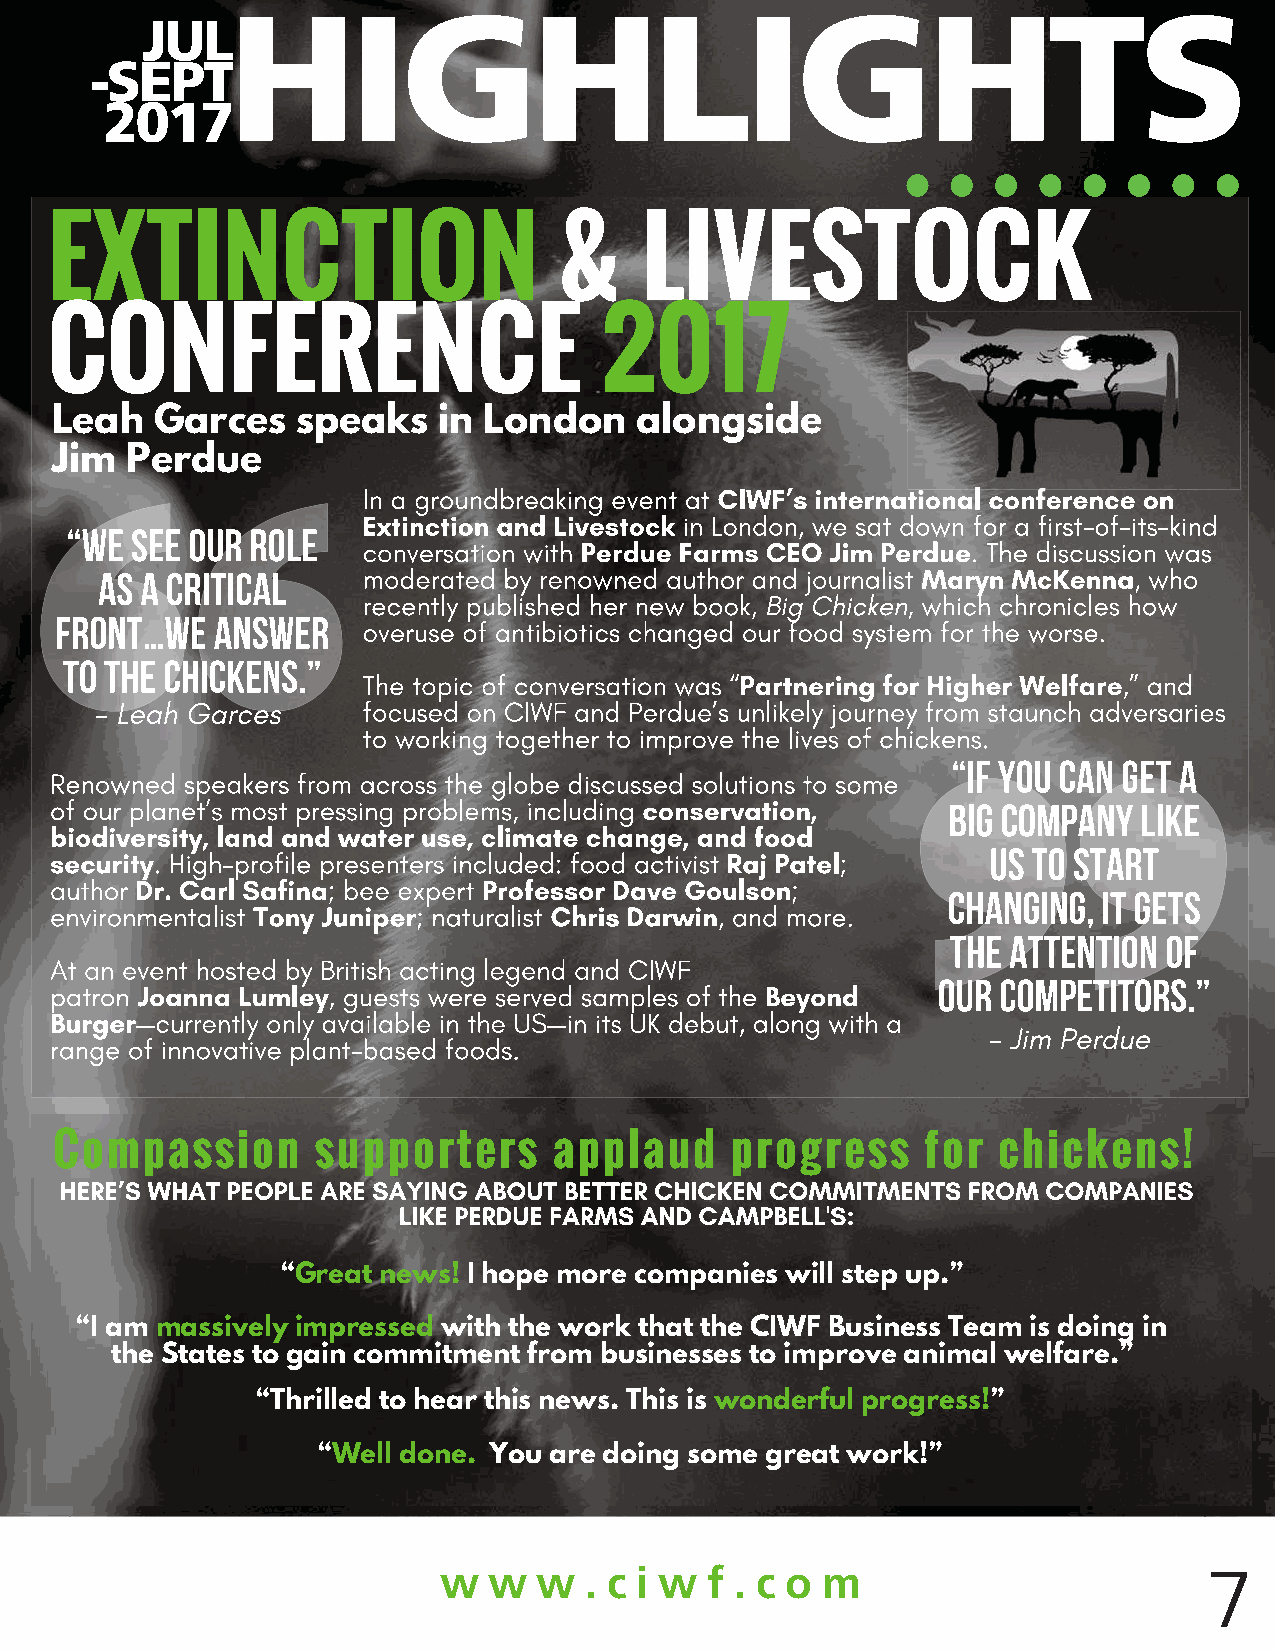
HIGHLIGHTS
 JUL
 -SEPT
 2017
 EXTINCTION                        &    LIVESTOCK
 CONFERENCE                           2017
 Leah   Garces    speaks   in London    alongside
 Jim  Perdue
 Compassion       supporters      applaud    progress     for  chickens!
 “Great news! I hope more companies will step up.”
 “I am massively impressed with the work that the CIWF Business Team is doing in
 the States to gain commitment from businesses to improve animal welfare.”
 “Thrilled to hear this news. This is wonderful progress!”
 “Well done. You are doing some great work!”
 w  w   w  . c i w f . c o m
 7